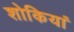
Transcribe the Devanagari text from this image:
शोकियां